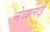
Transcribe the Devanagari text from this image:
नेब्यलाई